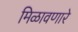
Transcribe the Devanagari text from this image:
मिळावणारे